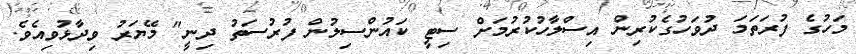
މަހުގެ ފުރަތަމަ ދުވަހުގެކުރިން އިސްލާހުކުރުމަށް ސިޓީ ކައުންސިލުން ފުރުސަތު ދިނީ" މޭޔަރު ވިދާޅުވިއެވެ.